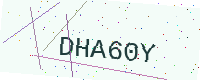
Text: DHA60Y